Lunatic asylums Madras 1877-1891 - 1877-1891
Year: 1877
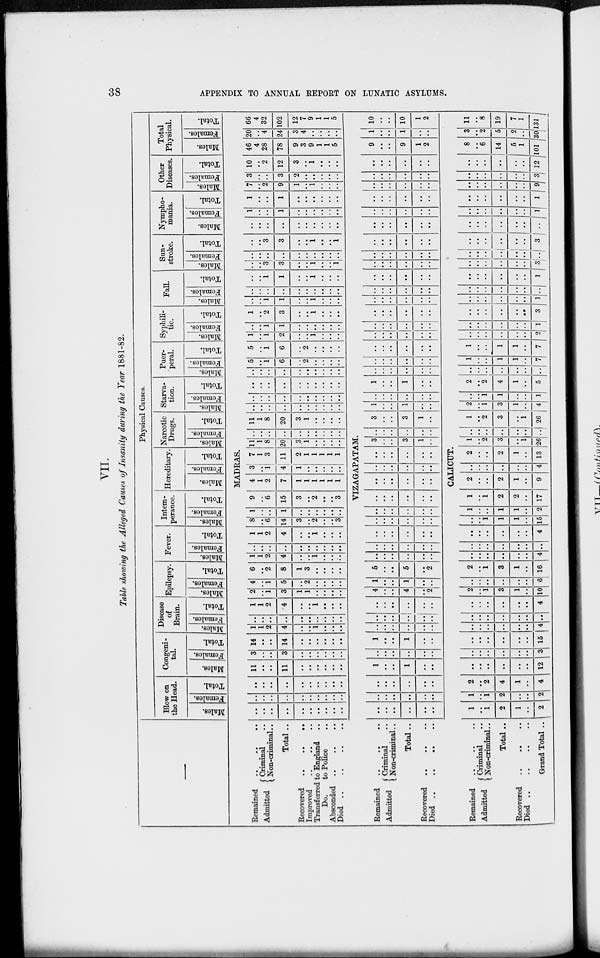
38
APPENDIX TO ANNUAL REPORT ON LUNATIC ASYLUMS.
VII.
Table showing the Alleged Causes of Insanity during the Year 1881-82.
—
Physical Causes.
Blow on
the Head.
Males.
Females.
Total.
Congeni-
tal.
Males.
Females.
Total.
Disease
of
Brain.
Males.
Females.
Total.
Epilepsy.
Males.
Females.
Total.
Fever.
Males.
Females.
Total.
Intem-
perance.
Males.
Females.
Total.
Hereditary.
Males.
Females.
Total.
Narcotic
Drugs.
Males.
Females.
Total.
Starva-
tion.
Males.
Females.
Total.
Puer-
peral.
Males.
Females.
Total.
Syphili-
tic.
Males.
Females.
Total.
Fall.
Males.
Females.
Total.
Sun-
stroke.
Males.
Females.
Total.
Nympho-
mania.
Males.
Females.
Total.
Other
Diseases.
Males.
Females.
Total.
Total
Physical.
Males.
Females.
Total.
MADRAS.
Remained
..
..
..
Admitted
Criminal ..
Non-criminal ..
Total ..
Recovered
..
..
..
Improved .. .. ..
Transferred to England ..
Do.
to Police ..
Absconded
..
..
..
Died
..
..
..
..
..
..
..
..
..
..
..
..
..
..
..
..
..
..
..
..
..
..
..
..
..
..
..
..
..
..
..
..
..
..
11
..
..
11
..
..
..
..
..
..
3
..
..
3
..
..
..
..
..
..
14
..
..
14
..
..
..
..
..
..
1
1
2
4
..
..
1
..
..
..
..
..
..
..
..
..
..
..
..
..
1
1
2
4
..
..
1
..
..
..
2
..
1
3
1
1
..
..
..
..
4
..
1
5
..
2
..
..
..
..
6
..
2
8
1
3
..
..
..
..
1
1
2
4
..
..
1
..
..
..
..
..
..
..
..
..
..
..
..
..
1
1
2
4
..
..
1
..
..
..
8
..
6
14
3
..
2
..
..
3
1
..
..
1
..
..
..
..
..
..
9
..
6
15
3
..
2
..
..
3
4
1
2
7
..
..
..
..
..
..
3
..
1
4
1
..
..
..
..
..
7
1
3
11
2
1
1
1
1
1
11
1
8
20
3
1
..
..
..
..
..
..
..
..
..
..
..
..
..
..
11
1
8
20
3
1
..
..
..
..
..
..
..
..
..
..
..
..
..
..
..
..
..
..
..
..
..
..
..
..
..
..
..
..
..
..
..
..
..
..
..
..
..
..
..
..
..
..
..
..
5
..
1
6
..
2
..
..
..
..
5
..
1
6
..
2
..
..
..
..
1
..
1
2
..
..
1
..
..
..
..
..
1
1
..
..
..
..
..
..
1
..
2
3
..
..
1
..
..
..
..
..
1
1
..
..
1
..
..
..
..
..
..
..
..
..
..
..
..
..
..
..
1
1
..
..
1
..
..
..
..
..
3
3
..
..
1
..
..
1
..
..
..
..
..
..
..
..
..
..
..
..
3
3
..
..
1
..
..
1
..
..
..
..
..
..
..
..
..
..
1
..
..
1
..
..
..
..
..
..
1
..
..
1
..
..
..
..
..
..
7
..
2
9
1
..
1
..
..
..
3
..
..
3
2
..
..
..
..
..
10
..
2
12
3
..
1
..
..
..
46
4
28
78
9
3
9
1
1
5
20
..
4
24
3
4
..
..
..
..
66
4
32
102
12
7
9
1
1
5
VIZAGAPATAM.
Remained
..
..
..
Admitted
Criminal ..
Non-criminal ..
Total ..
Recovered .. .. ..
Died .. .. .. ..
..
..
..
..
..
..
..
..
..
..
..
..
..
..
..
..
..
..
1
..
..
1
..
..
..
..
..
..
..
..
1
..
..
1
..
..
..
..
..
..
..
..
..
..
..
..
..
..
..
..
..
..
..
..
4
..
..
4
..
2
1
..
..
1
..
..
5
..
..
5
..
2
..
..
..
..
..
..
..
..
..
..
..
..
..
..
..
..
..
..
..
..
..
..
..
..
..
..
..
..
..
..
..
..
..
..
..
..
..
..
..
..
..
..
..
..
..
..
..
..
..
..
..
..
..
..
3
..
..
3
1
..
..
..
..
..
..
..
3
..
..
3
1
..
1
..
..
1
..
..
..
..
..
..
..
..
1
..
..
1
..
..
..
..
..
..
..
..
..
..
..
..
..
..
..
..
..
..
..
..
..
..
..
..
..
..
..
..
..
..
..
..
..
..
..
..
..
..
..
..
..
..
..
..
..
..
..
..
..
..
..
..
..
..
..
..
..
..
..
..
..
..
..
..
..
..
..
..
..
..
..
..
..
..
..
..
..
..
..
..
..
..
..
..
..
..
..
..
..
..
..
..
..
..
..
..
..
..
..
..
..
..
..
..
..
..
..
..
..
..
9
..
..
9
1
2
1
..
..
1
..
..
10
..
..
10
1
2
CALICUT.
Remained
..
..
..
Admitted
Criminal ..
Non-criminal..
Total ..
Recovered .. .. ..
Died .. .. .. ..
Grand Total ..
1
..
1
2
1
..
2
1
..
1
2
..
..
2
2
..
2
4
1
..
4
..
..
..
..
..
..
12
..
..
..
..
..
..
3
..
..
..
..
..
..
15
..
..
..
..
..
..
4
..
..
..
..
..
..
..
..
..
..
..
..
..
4
2
..
1
3
1
..
10
..
..
..
..
..
..
6
2
..
1
3
1
..
16
..
..
..
..
..
..
4
..
..
..
..
..
..
..
..
..
..
..
..
..
4
..
..
1
1
1
..
15
1
..
..
1
1
..
2
1
..
1
2
2
..
17
2
..
..
2
1
..
9
..
..
..
..
..
..
4
2
..
..
2
1
..
13
1
..
2
3
..
1
26
..
..
..
..
..
..
..
1
..
2
3
..
1
26
2
..
1
3
1
..
4
..
..
1
1
..
..
1
2
..
2
4
1
..
5
..
..
..
..
..
..
..
1
..
..
1
1
..
7
1
..
..
1
1
..
7
..
..
..
..
..
..
2
..
..
..
..
..
..
1
..
..
..
..
..
..
3
..
..
..
..
..
..
1
..
..
..
..
..
..
..
..
..
..
..
..
..
1
..
..
..
..
..
..
3
..
..
..
..
..
..
..
..
..
..
..
..
..
3
..
..
..
..
..
..
..
..
..
..
..
..
..
1
..
..
..
..
..
..
1
..
..
..
..
..
..
9
..
..
..
..
..
..
3
..
..
..
..
..
..
12
8
..
6
14
5
1
101
3
..
2
5
2
..
30
11
..
8
19
7
1
131